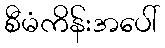
စီမံကိန်းအပေါ်